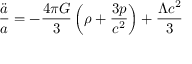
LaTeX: { \frac { \ddot { a } } { a } } = - { \frac { 4 \pi G } { 3 } } \left( \rho + { \frac { 3 p } { c ^ { 2 } } } \right) + { \frac { \Lambda c ^ { 2 } } { 3 } }